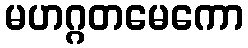
မဟဂ္ဂတမေကော